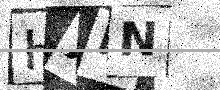
Text: HXBN